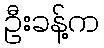
ဦးခန့်က